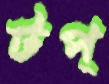
টপ্‌